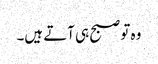
وہ تو صبح ہی آتے ہیں۔